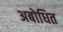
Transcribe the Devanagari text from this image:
अबोधित